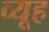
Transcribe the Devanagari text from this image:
व्‍यूह